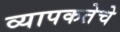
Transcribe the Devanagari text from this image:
व्यापकतेचे